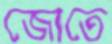
জোতে